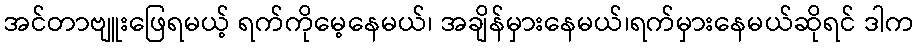
အင်တာဗျူးဖြေရမယ့် ရက်ကိုမေ့နေမယ်၊ အချိန်မှားနေမယ်၊ရက်မှားနေမယ်ဆိုရင် ဒါက